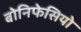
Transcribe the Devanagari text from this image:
बोनिफेसियो